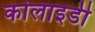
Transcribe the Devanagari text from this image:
कोलाइडी